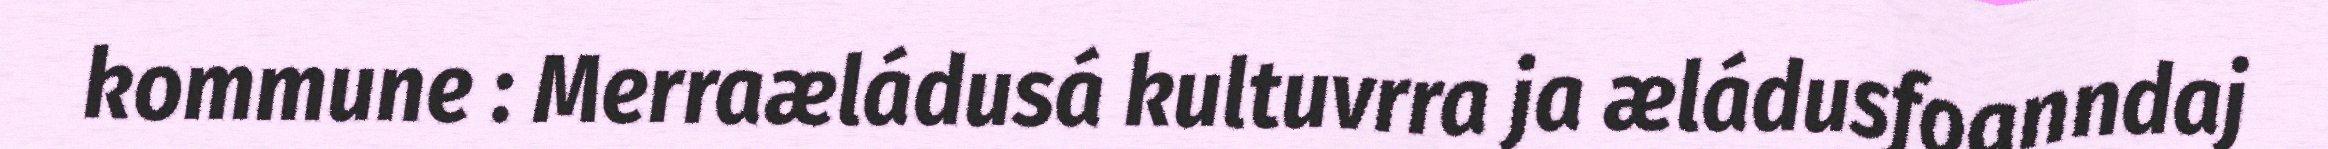
kommune : Merraæládusá kultuvrra ja æládusfoanndaj